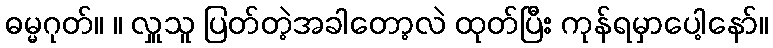
ဓမ္မဂုတ်။ ။ လှူသူ ပြတ်တဲ့အခါတော့လဲ ထုတ်ပြီး ကုန်ရမှာပေါ့နော်။